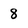
Character: 8